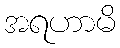
အရဟာမိ